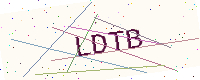
Text: LDTB